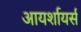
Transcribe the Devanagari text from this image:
आयर्शायर्स